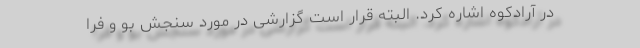
در آرادکوه اشاره کرد. البته قرار است گزارشی در مورد سنجش بو و فرا